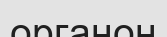
органон